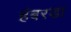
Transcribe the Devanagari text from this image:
हंबरडा